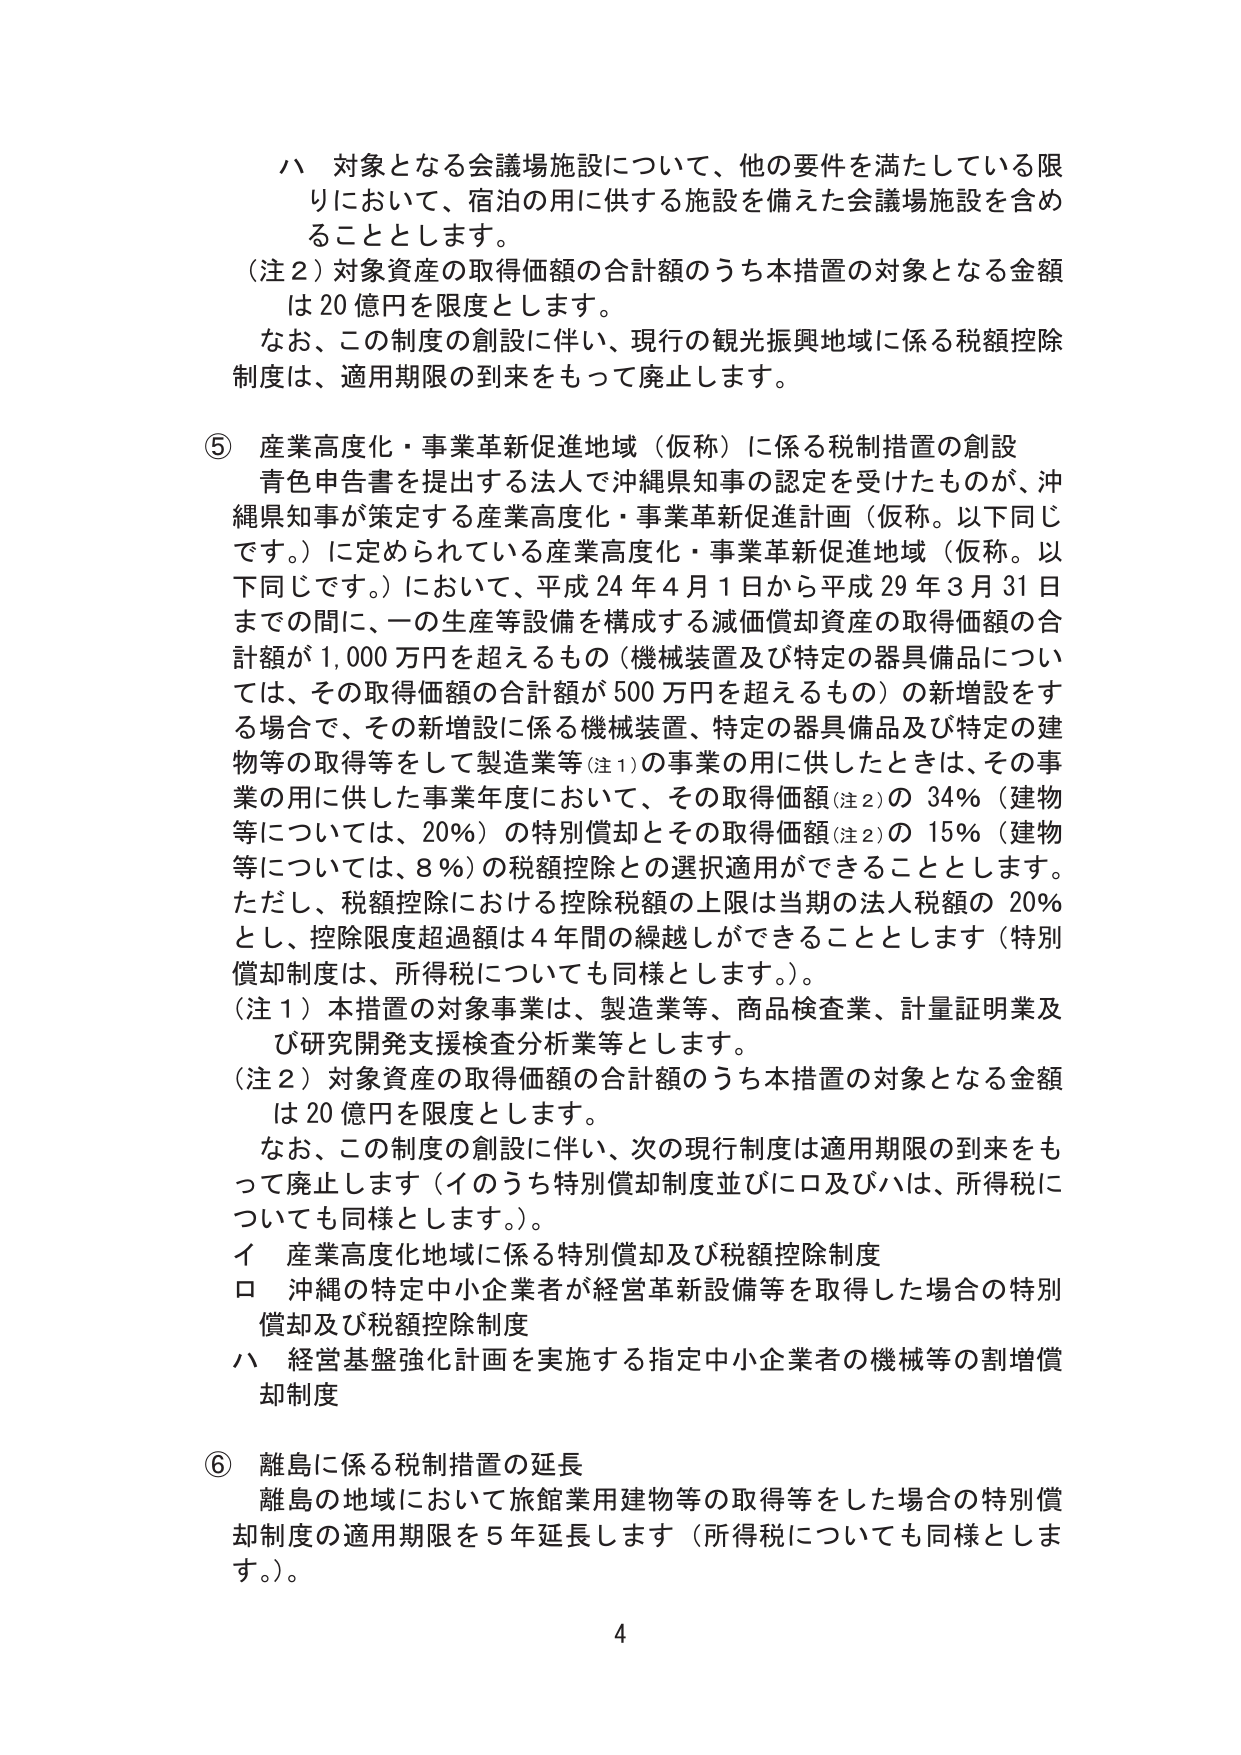
ハ 対象となる会議場施設について、他の要件を満たしている限りにおいて、宿泊の用に供する施設を備えた会議場施設を含めることとします。
（注２）対象資産の取得価額の合計額のうち本措置の対象となる金額は20億円を限度とします。
なお、この制度の創設に伴い、現行の観光振興地域に係る税額控除制度は、適用期限の到来をもって廃止します。

⑤ 産業高度化・事業革新促進地域（仮称）に係る税制措置の創設
青色申告書を提出する法人で沖縄県知事の認定を受けたものが、沖縄県知事が策定する産業高度化・事業革新促進計画（仮称。以下同じです。）に定められている産業高度化・事業革新促進地域（仮称。以下同じです。）において、平成24年4月1日から平成29年3月31日までの間、一の生産等設備を構成する減価償却資産の取得価額の合計額が1,000万円を超えるもの（機械装置及び特定の器具備品については、その取得価額の合計額が500万円を超えるもの）の新増設をする場合で、その新増設に係る機械装置、特定の器具備品及び特定の建物等の取得等をして製造業等（注１）の事業の用に供したときは、その事業の用に供した事業年度において、その取得価額（注２）の34％（建物等については、20％）の特別償却とその取得価額（注２）の15％（建物等については、8％）の税額控除との選択適用ができることとします。ただし、税額控除における控除税額の上限は当期の法人税額の20％とし、控除限度超過額は4年間の繰越しができることとします（特別償却制度は、所得税についても同様とします。）。
（注１）本措置の対象事業は、製造業等、商品検査業、計量証明業及び研究開発支援検査分析業等とします。
（注２）対象資産の取得価額の合計額のうち本措置の対象となる金額は20億円を限度とします。
なお、この制度の創設に伴い、次の現行制度は適用期限の到来をもって廃止します（イのうち特別償却制度並びにロ及びハは、所得税についても同様とします。）。
イ 産業高度化地域に係る特別償却及び税額控除制度
ロ 沖縄の特定中小企業者が経営革新設備等を取得した場合の特別償却及び税額控除制度
ハ 経営基盤強化計画を実施する指定中小企業者の機械等の割増償却制度

⑥ 離島に係る税制措置の延長
離島の地域において旅館業用建物等の取得等をした場合の特別償却制度の適用期限を5年延長します（所得税についても同様とします。）。

4